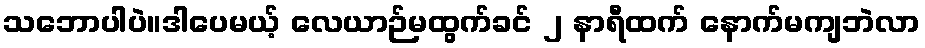
သဘောပါပဲ။ဒါပေမယ့် လေယာဉ်မထွက်ခင် ၂ နာရီထက် နောက်မကျဘဲလာ